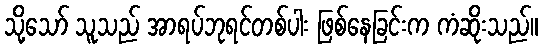
သို့သော် သူသည် အာရပ်ဘုရင်တစ်ပါး ဖြစ်နေခြင်းက ကံဆိုးသည်။